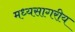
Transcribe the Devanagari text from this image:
मध्यसागरीय